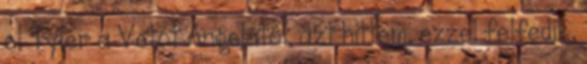
el Tyler a Vetót Angelától, azt hittem, ezzel felfedik,